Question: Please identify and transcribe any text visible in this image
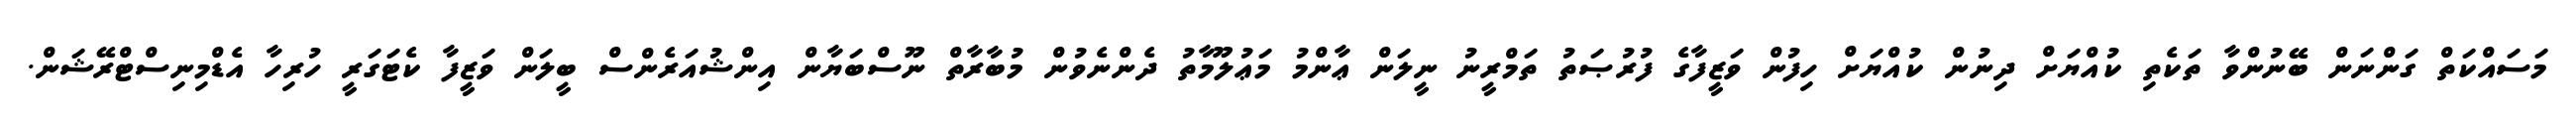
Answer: މަސައްކަތް ގަންނަން ބޭނުންވާ ތަކެތި ކުއްޔަށް ދިނުން ކުއްޔަށް ހިފުން ވަޒީފާގެ ފުރުޞަތު ތަމްރީނު ނީލަން ޢާންމު މަޢުލޫމާތު ދެންނެވުން މުބާރާތް ނޫސްބަޔާން އިންޝުއަރެންސް ބީލަން ވަޒީފާ ކެޓަގަރީ ހުރިހާ އެޑްމިނިސްޓްރޭޝަން.